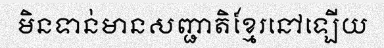
មិនទាន់មានសញ្ជាតិខ្មែរនៅឡើយ